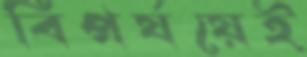
বিপর্যয়েই